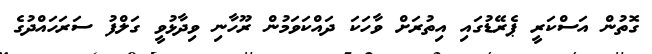
ގޮތުން އަސްކަރީ ޕެރޭޑުގައި އިތުރަށް ވާހަކަ ދައްކަވަމުން ރޫހާނި ވިދާޅުވީ ގަލްފު ސަރަހައްދުގެ